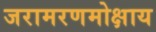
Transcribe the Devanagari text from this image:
जरामरणमोक्षाय